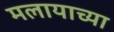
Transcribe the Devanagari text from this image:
मलायाच्या